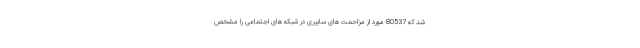
شد که 80537 مورد از مزاحمت های سایبری در شبکه های اجتماعی را مشخص